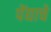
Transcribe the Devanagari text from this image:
पेंद्याचे